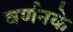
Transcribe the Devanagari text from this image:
वर्णनके